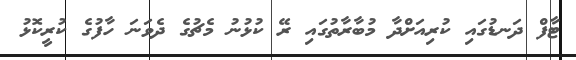
ޓާފް ދަނޑުގައި ކުރިއަށްދާ މުބާރާތުގައި ރޭ ކުޅުނު މެޗުގެ ދެވަނަ ހާފުގެ ކުރީކޮޅު